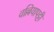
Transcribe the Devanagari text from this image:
वल्लियापट्टी